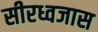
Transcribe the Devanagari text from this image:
सीरध्वजास